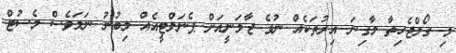
މި ގޯލްޖެހިތާ މާގިނަ އިރުތަކެއް ނުވެ ޖާމަނީއަށް ޕެނަލްޓީއެއް ލިބުނު ނަމަވެސް މެސުޓް